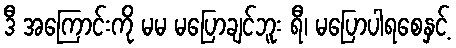
ဒီ အကြောင်းကို မမ မပြောချင်ဘူး ရီ၊ မပြောပါရစေနှင့်